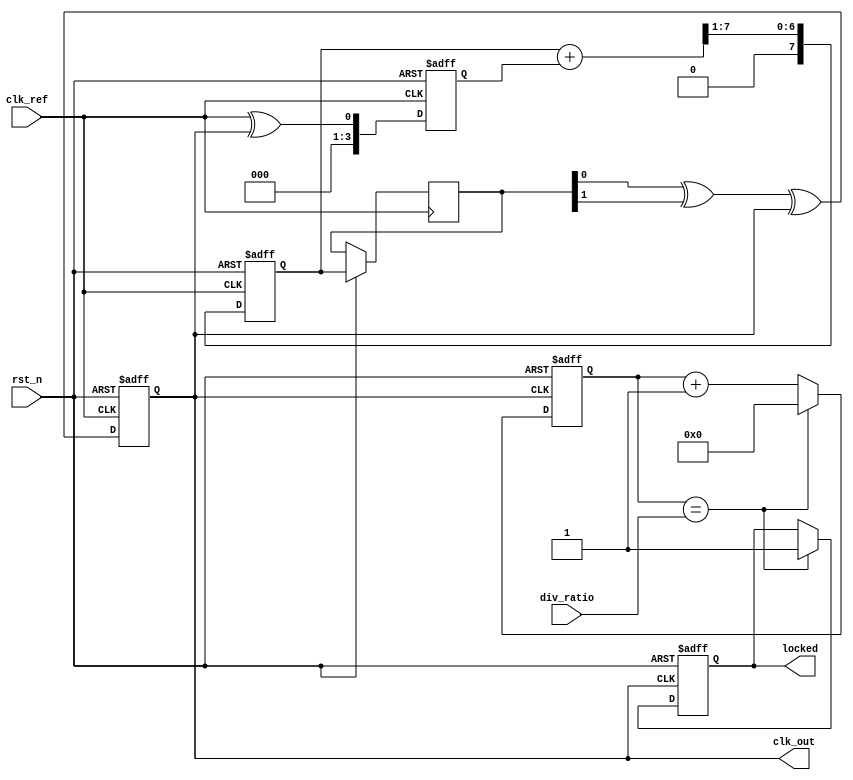
module MemoryBlocksLinearPLL (
    input wire clk_ref,        // Reference clock input
    input wire rst_n,         // Asynchronous reset
    output reg clk_out,       // Output clock from VCO
    output reg locked,        // Lock status output
    input wire [3:0] div_ratio // Division ratio for feedback
);
    // Internal signals
    reg [3:0] phase_error;    // Phase error output from PD
    reg [7:0] vco_ctrl;       // Control voltage for VCO
    reg [3:0] feedback_div;    // Feedback divider output
    reg [7:0] filter_output;   // Output of Low Pass Filter

    // Phase Detector
    always @(posedge clk_ref or negedge rst_n) begin
        if (!rst_n) begin
            phase_error <= 4'b0;
        end else begin
            // Simple phase detector logic (XOR for example)
            phase_error <= (clk_ref ^ clk_out);
        end
    end

    // Low Pass Filter (simple averaging filter)
    always @(posedge clk_ref or negedge rst_n) begin
        if (!rst_n) begin
            filter_output <= 8'b0;
        end else begin
            // Simple LPF - averaging with a feedback
            filter_output <= (filter_output + phase_error) >> 1;
            vco_ctrl <= filter_output[7:0]; // Control voltage to VCO
        end
    end

    // Voltage-Controlled Oscillator (simplified)
    always @(posedge clk_ref or negedge rst_n) begin
        if (!rst_n) begin
            clk_out <= 1'b0;
        end else begin
            // VCO frequency control based on vco_ctrl value
            clk_out <= (vco_ctrl[0] ^ vco_ctrl[1]) ^ clk_out; // Simple toggle mechanism
        end
    end

    // Feedback Divider
    always @(posedge clk_out or negedge rst_n) begin
        if (!rst_n) begin
            feedback_div <= 4'b0;
            locked <= 1'b0;
        end else begin
            feedback_div <= feedback_div + 1;
            if (feedback_div == div_ratio) begin
                locked <= 1'b1; // Indicate locked state when division is achieved
                feedback_div <= 4'b0; // Reset divider
            end
        end
    end

endmodule